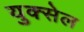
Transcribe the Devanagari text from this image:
युक्सेल